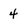
Character: 4